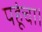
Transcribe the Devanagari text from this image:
पहूंचा।